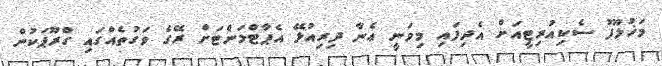
މަޚުލޫފު ސެކިއުރިޓީއަށް އެދިފައި މިވަނީ ޢެނާ ދިރިއުޅޭ އެޕާޓްމަންޓަށް ރޭގެ ވަގުތެއްގައި ގްރޫޕަކުން